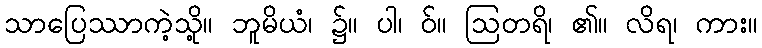
သာပြေဿာကဲ့သို့။ ဘူမိယံ၊ ၌။ ပါ၊ ဝ်။ ဩတရိ၊ ၏။ လိရ၊ ကား။